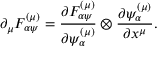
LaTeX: \partial _ { \mu } { \cal F } _ { \alpha \psi } ^ { \left( \mu \right) } = \frac { \partial { \cal F } _ { \alpha \psi } ^ { \left( \mu \right) } } { \partial \psi _ { \alpha } ^ { \left( \mu \right) } } \otimes \frac { \partial \psi _ { \alpha } ^ { \left( \mu \right) } } { \partial x ^ { \mu } } .